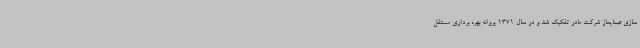
سازی صنایعاز شرکت مادر تفکیک شد و در سال 1371 پروانه بهره برداری مستقل